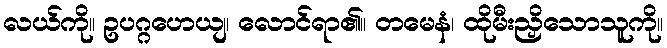
လယ်ကို။ ဥပဂ္ဂဟေယျ၊ လောင်ရာ၏။ တမေနံ၊ ထိုမီးညှိသောသူကို။